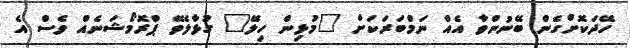
ހޭދަކޮށްގެން ބޭނުންވާ އެއް ނަމްބަރަކަށް "މުޅިން ހިލޭ" ގުޅާލެވޭ ޕްރޮމޯޝަނެއް ވެސް އެ